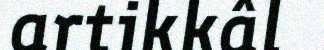
artikkâl